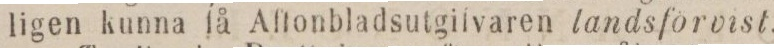
ligen kunna få Aftonbladsutgifvaren landsförvist.